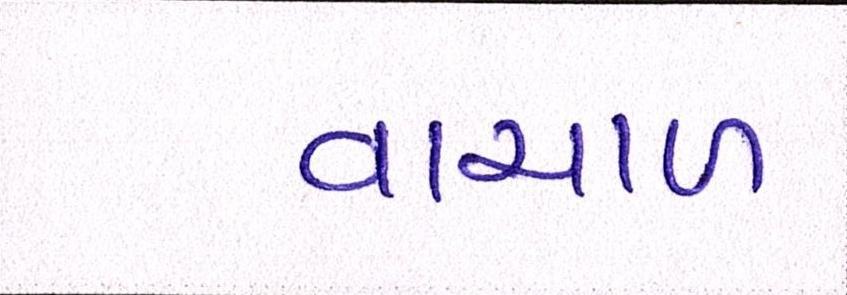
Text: વાચાળ